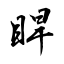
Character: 睅